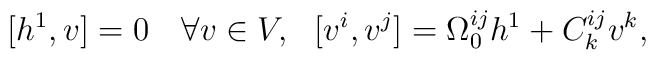
[h^{1},v]=0 \ \ \ \forall v \in V, \ \ [v^{i},v^{j}]=\Omega^{ij}_{0} h^{1}+ C^{ij}_{k} v^{k},